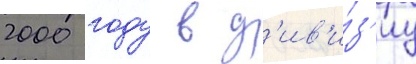
2000 году в д'ив'и́з'иу